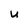
Character: u